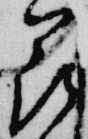
花